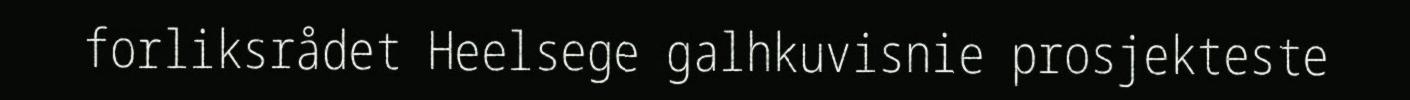
forliksrådet Heelsege galhkuvisnie prosjekteste